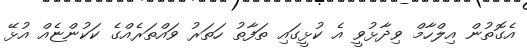
އެގޮތުން އިލްހާމް ވިދާޅުވީ އެ ކުޅީގައި ތަފާތު ހަތަރު ވައްތަރެއްގެ ކަކުންޏެއް އުޅޭ